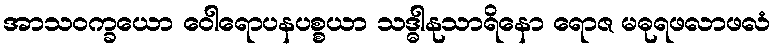
အာသဝက္ခယော ဝေါရောပနပစ္စယာ သဒ္ဓါနုသာရိနော ရောဇ မဓုရဖလာဖလံ